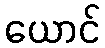
ယောင်